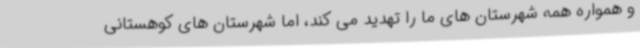
و همواره همه شهرستان های ما را تهدید می کند، اما شهرستان های کوهستانی